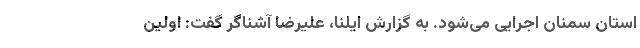
استان سمنان اجرایی می‌شود.‌ به گزارش ایلنا، علیرضا آشناگر گفت: اولین